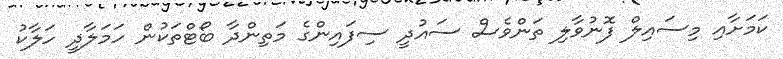
ކަމަށާއި މިސައިލް ފޮނުވާލި ތަންވެސް ސައުދީ ސިފައިންގެ މަތިންދާ ބޯޓްތަކުން ހަމަލާދީ ހަލާކު